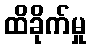
ထိခိုက်မှု